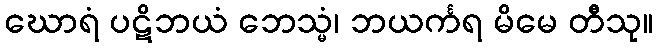
ဃောရံ ပဋိဘယံ ဘေသ္မံ၊ ဘယင်္ကရ မိမေ တီသု။